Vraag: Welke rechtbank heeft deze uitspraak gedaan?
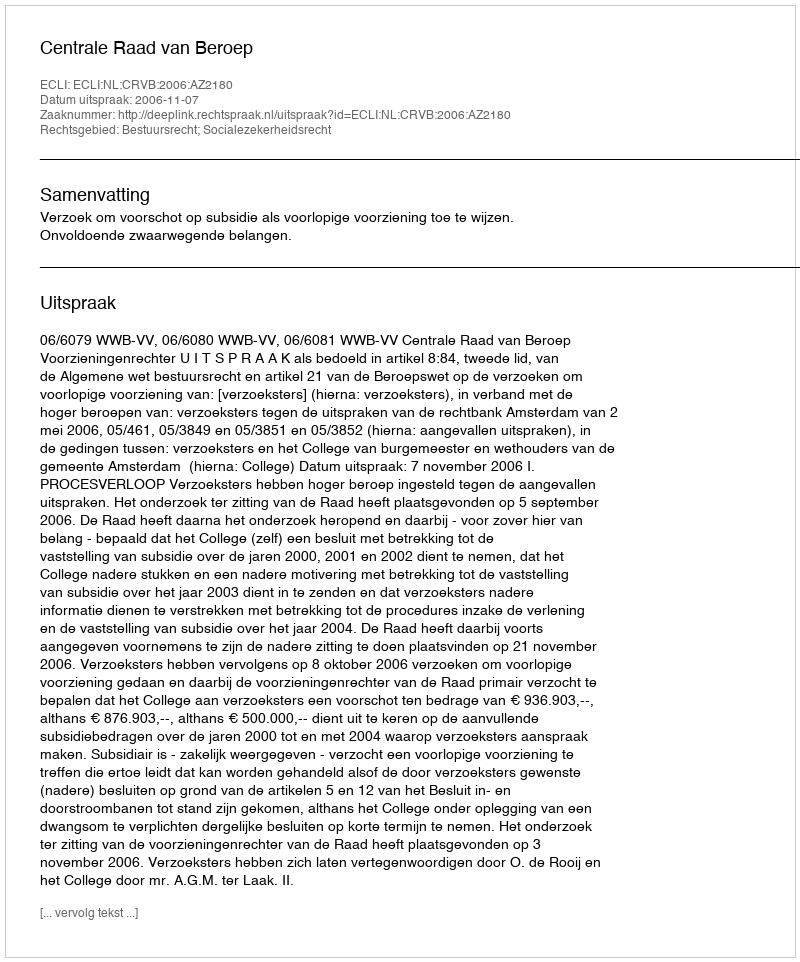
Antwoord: Centrale Raad van Beroep